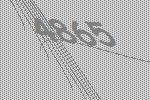
4865